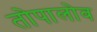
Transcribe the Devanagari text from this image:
तोपालोव